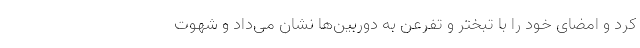
کرد و امضای خود را با تبختر و تفرعن به دوربین‌ها نشان می‌داد و شهوتِ